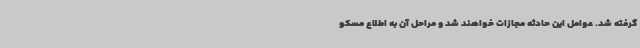
گرفته شد. عوامل این حادثه مجازات خواهند شد و مراحل آن به اطلاع مسکو